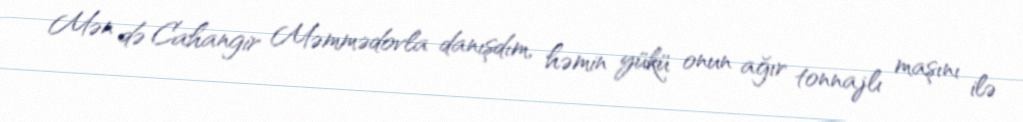
Mən də Cahangir Məmmədovla danışdım, həmin yükü onun ağır tonnajlı maşını ilə